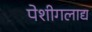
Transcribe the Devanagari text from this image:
पेशीगलाद्य